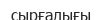
сырғалығы